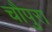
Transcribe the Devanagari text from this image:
चौपुरा